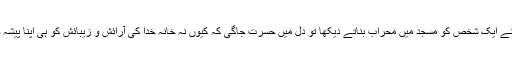
زمانہ طفلی میں آپ نے ایک شخص کو مسجد میں محراب بناتے دیکھا تو دل میں حسرت جاگی کہ کیوں نہ خانہ خدا کی آرائش و زیبائش کو ہی اپنا پیشہ و مقصد بنا لیا جائے۔